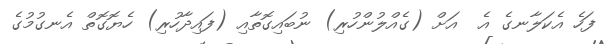
ފަހެ އެކަލާނގެ އެ  އަށް (ގެއްލުންހުރި) ނުބައިގޮތާއި (ފައިދާހުރި) ހެޔޮގޮތް އެނގުމުގެ